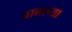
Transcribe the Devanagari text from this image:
घामाच्या